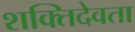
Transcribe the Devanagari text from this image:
शक्तिदेवता